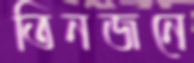
তিনজনে